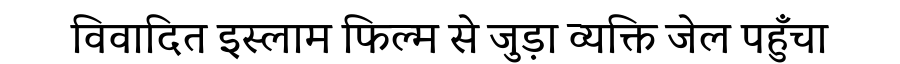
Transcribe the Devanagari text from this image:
विवादित इस्लाम फिल्म से जुड़ा व्यक्ति जेल पहुँचा